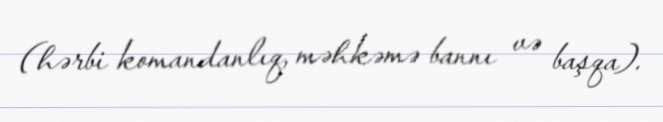
(hərbi komandanlıq, məhkəmə bannı və başqa).